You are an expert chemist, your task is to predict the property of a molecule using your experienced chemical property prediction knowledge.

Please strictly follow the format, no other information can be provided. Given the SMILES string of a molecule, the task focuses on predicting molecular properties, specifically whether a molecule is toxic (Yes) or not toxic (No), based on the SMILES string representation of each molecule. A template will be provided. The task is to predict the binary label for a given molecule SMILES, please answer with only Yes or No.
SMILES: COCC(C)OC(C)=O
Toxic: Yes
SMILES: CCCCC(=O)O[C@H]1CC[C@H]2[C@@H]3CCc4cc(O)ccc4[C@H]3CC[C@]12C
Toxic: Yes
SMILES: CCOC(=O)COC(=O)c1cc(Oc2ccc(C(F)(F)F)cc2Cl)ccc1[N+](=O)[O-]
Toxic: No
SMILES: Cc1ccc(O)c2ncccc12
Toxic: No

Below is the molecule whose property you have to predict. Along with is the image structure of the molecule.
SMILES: CN1CCCN=C1COC(=O)C(O)(c1ccccc1)C1CCCCC1
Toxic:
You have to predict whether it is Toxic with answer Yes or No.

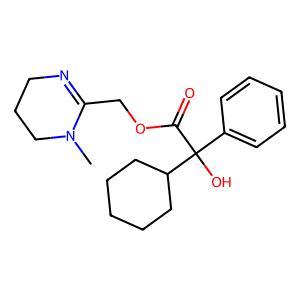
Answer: No